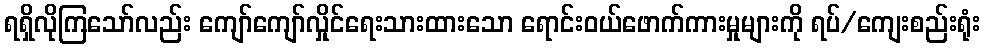
ရရှိလိုကြသော်လည်း ကျော်ကျော်လှိုင်ရေးသားထားသော ရောင်းဝယ်ဖောက်ကားမှုများကို ရပ်/ကျေးစည်းရုံး